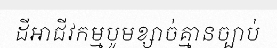
ដីអាជីវកម្មបូមខ្សាច់គ្មានច្បាប់